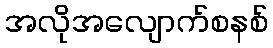
အလိုအလျောက်စနစ်